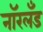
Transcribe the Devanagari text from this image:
नॉरलँड